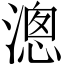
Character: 漗